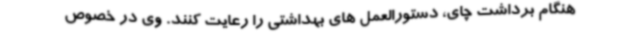
هنگام برداشت چای، دستورالعمل های بهداشتی را رعایت کنند. وی در خصوص